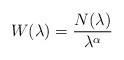
LaTeX: \begin{align*}W(\lambda) = \frac{N(\lambda)}{\lambda^\alpha}\end{align*}